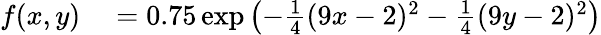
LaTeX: \begin{array}{rl}{f(x,y)}&{{}=0.75\exp\left(-\frac{1}{4}(9x-2)^{2}-\frac{1}{4}(9y-2)^{2}\right)}\end{array}